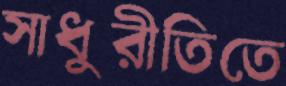
সাধুরীতিতে